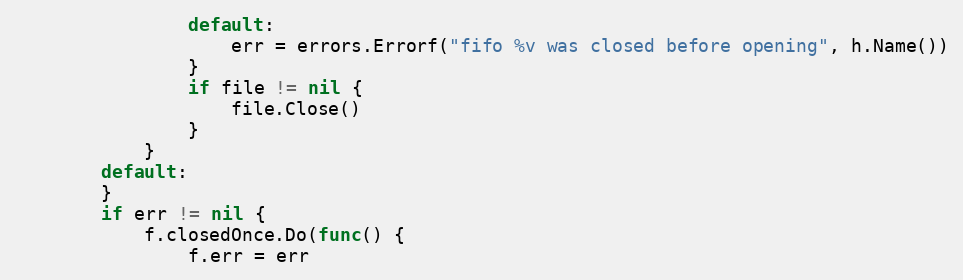
Language: Go
				default:
					err = errors.Errorf("fifo %v was closed before opening", h.Name())
				}
				if file != nil {
					file.Close()
				}
			}
		default:
		}
		if err != nil {
			f.closedOnce.Do(func() {
				f.err = err